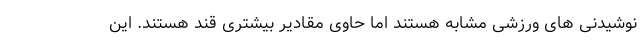
نوشیدنی های ورزشی مشابه هستند اما حاوی مقادیر بیشتری قند هستند. این